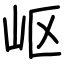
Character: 岖